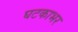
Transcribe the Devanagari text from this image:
घटकाभर